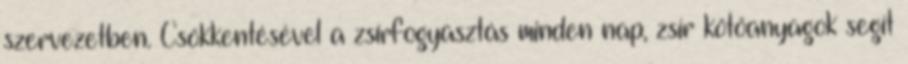
szervezetben. Csökkentésével a zsírfogyasztás minden nap, zsír kötőanyagok segít